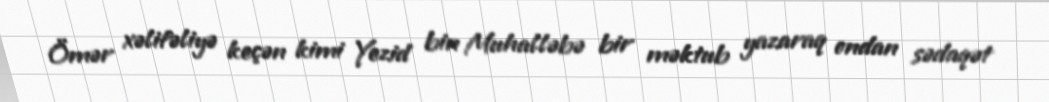
Ömər xəlifəliyə keçən kimi Yezid bin Muhalləbə bir məktub yazaraq ondan sədaqət